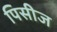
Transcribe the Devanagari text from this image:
पिसीज